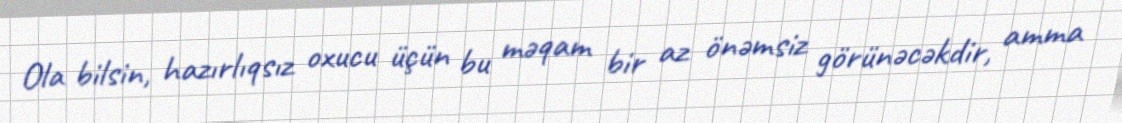
Ola bilsin, hazırlıqsız oxucu üçün bu məqam bir az önəmsiz görünəcəkdir, amma